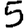
Digit: 5